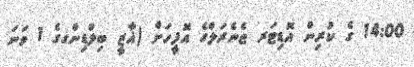
14:00 ގެ ކުރިން އޮޑިޓަރ ޖެނެރަލްގެ އޮފީހަށް (ޣާޒީ ބިލްޑިންގގެ 1 ވަނަ